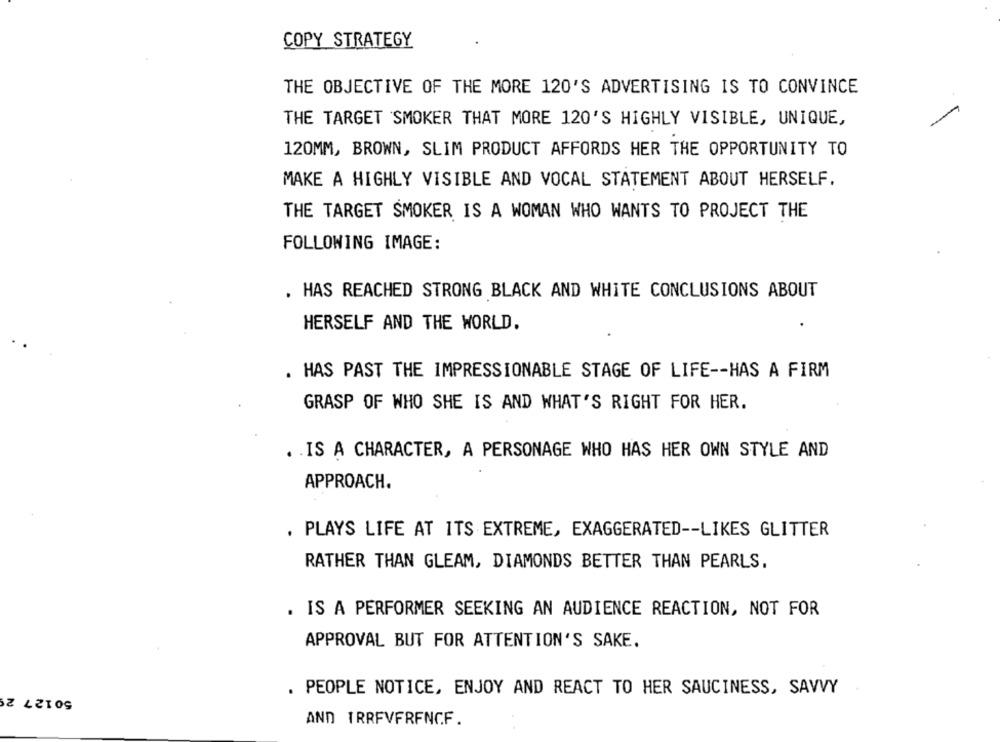
COPY STRATEGY
THE OBJECTIVE OF THE MORE 120'S ADVERTISING IS TO CONVINCE
THE TARGET SMOKER THAT MORE 120'S HIGHLY VISIBLE, UNIQUE,
120MM, BROWN, SLIM PRODUCT AFFORDS HER THE OPPORTUNITY TO
MAKE A HIGHLY VISIBLE AND VOCAL STATEMENT ABOUT HERSELF.
THE TARGET SMOKER IS A WOMAN WHO WANTS TO PROJECT THE
FOLLOWING IMAGE:
. HAS REACHED STRONG BLACK AND WHITE CONCLUSIONS ABOUT
HERSELF AND THE WORLD.
HAS PAST THE IMPRESSIONABLE STAGE OF LIFE -- HAS A FIRM
GRASP OF WHO SHE IS AND WHAT'S RIGHT FOR HER.
. . IS A CHARACTER, A PERSONAGE WHO HAS HER OWN STYLE AND
APPROACH.
. PLAYS LIFE AT ITS EXTREME, EXAGGERATED -- LIKES GLITTER
RATHER THAN GLEAM, DIAMONDS BETTER THAN PEARLS.
. IS A PERFORMER SEEKING AN AUDIENCE REACTION, NOT FOR
APPROVAL BUT FOR ATTENTION'S SAKE.
50127 2
. PEOPLE NOTICE, ENJOY AND REACT TO HER SAUCINESS, SAVVY
AND TRRFVFRFNCF.